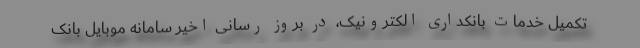
تکمیل خدمات بانکداری الکترونیک، در بروز رسانی اخیر سامانه موبایل بانک